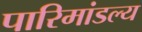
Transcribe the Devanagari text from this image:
पारिमांडल्य